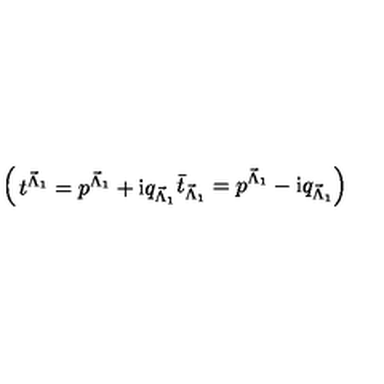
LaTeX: \left( \begin{matrix} { t ^ { { \vec { \Lambda } } _ { 1 } } = p ^ { { \vec { \Lambda } } _ { 1 } } + \mathrm { i } q _ { { \vec { \Lambda } } _ { 1 } } } \\ { { \bar { t } } _ { { \vec { \Lambda } } _ { 1 } } = p ^ { { \vec { \Lambda } } _ { 1 } } - \mathrm { i } q _ { { \vec { \Lambda } } _ { 1 } } } \\ \end{matrix} \right)